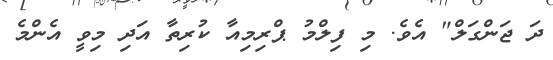
ދަ ޖަންގަލް" އެވެ. މި ފިލްމު ޕްރިމިއާ ކުރިތާ އަދި މިވީ އެންމެ